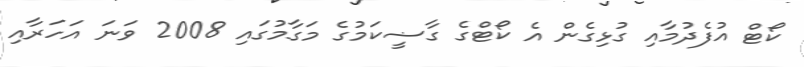
ކޯޓް އުފެދުމާއި ގުޅިގެން އެ ކޯޓްގެ ގާޟީކަމުގެ މަގާމުގައި 2008 ވަނަ އަހަރާއި